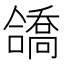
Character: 𫣹